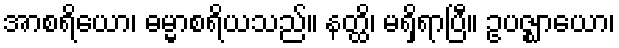
အာစရိယော၊ ဓမ္မာစရိယသည်။ နတ္ထိ၊ မရှိရာပြီ။ ဥပဇ္ဈာယော၊